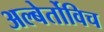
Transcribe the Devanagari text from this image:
अल्बेर्तोविच